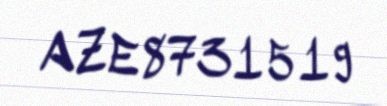
AZE8731519